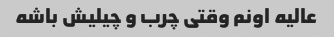
عالیه اونم وقتی چرب و‌ چیلیش باشه